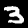
Label: 3